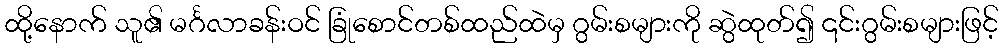
ထို့နောက် သူ၏ မင်္ဂလာခန်းဝင် ခြုံစောင်တစ်ထည်ထဲမှ ဂွမ်းစများကို ဆွဲထုတ်၍ ၎င်းဂွမ်းစများဖြင့်